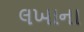
લખાના